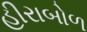
હીરાબોળ